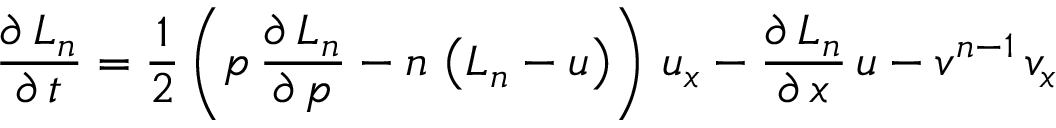
\frac { \partial \, L _ { n } } { \partial \, t } = \frac { 1 } { 2 } \left( p \, \frac { \partial \, L _ { n } } { \partial \, p } - n \, \left( L _ { n } - u \right) \right) \, u _ { x } - \frac { \partial \, L _ { n } } { \partial \, x } \, u - v ^ { n - 1 } \, v _ { x }